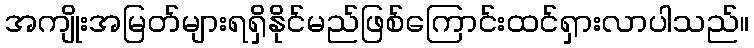
အကျိုးအမြတ်များရရှိနိုင်မည်ဖြစ်ကြောင်းထင်ရှားလာပါသည်။